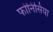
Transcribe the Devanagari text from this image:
फोनिसिया